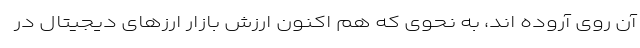
آن روی آروده اند، به نحوی که هم اکنون ارزش بازار ارز‌های دیجیتال در